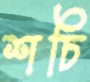
শচি